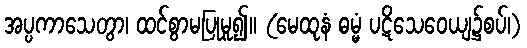
အပ္ပကာသေတွာ၊ ထင်စွာမပြုမူ၍။ (မေထုနံ ဓမ္မံ ပဋိသေဝေယျ၌စပ်၊)